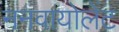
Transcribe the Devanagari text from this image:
ननवायोलेंट